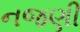
નજણી